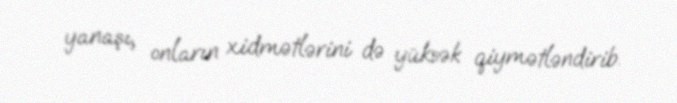
yanaşı, onların xidmətlərini də yüksək qiymətləndirib.